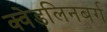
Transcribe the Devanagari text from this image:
क्वेडलिनबर्ग